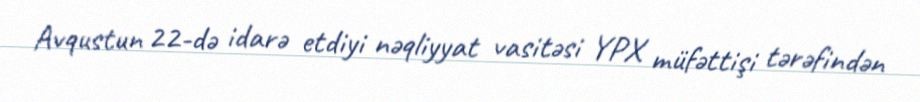
Avqustun 22-də idarə etdiyi nəqliyyat vasitəsi YPX müfəttişi tərəfindən